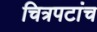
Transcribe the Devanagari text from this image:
चित्रपटांच